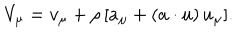
LaTeX: V _ { \mu } = v _ { \mu } + \rho \, [ a _ { \mu } + ( a \cdot u ) \, u _ { \mu } ] .